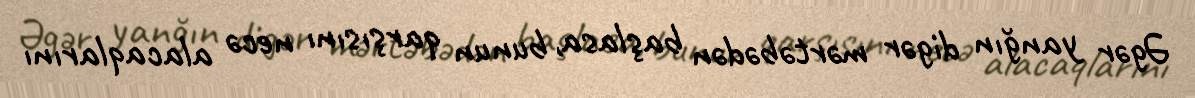
Əgər yanğın digər mərtəbədən başlasa, bunun qarşısını necə alacaqlarını